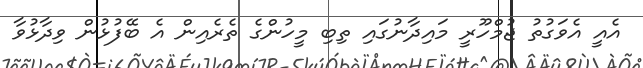
އެއީ އެވަގުތު ޖުމްހޫރީ މައިދާނުގައި ތިބި މީހުންގެ ތެރެއިން އެ ބޭފުޅުން ވިދާޅުވާ